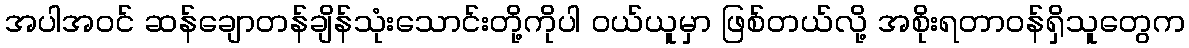
အပါအဝင် ဆန်ချောတန်ချိန်သုံးသောင်းတို့ကိုပါ ဝယ်ယူမှာ ဖြစ်တယ်လို့ အစိုးရတာဝန်ရှိသူတွေက